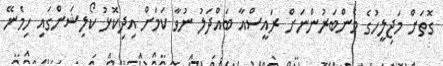
ގޮތަށް މަޖިލީހުގެ މެންބަރުންނަށް ރައީސްއާ ބައްދަލު ނުވާ ކަމަށް އިދިކޮޅު ކޯލިޝަންގައި ހިމެނޭ